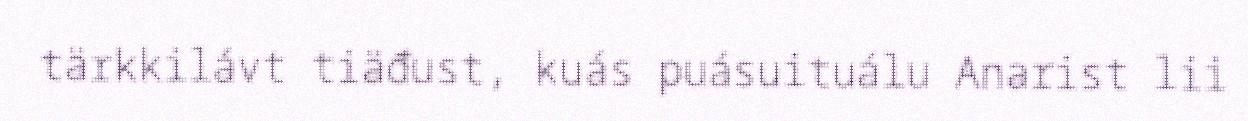
tärkkilávt tiäđust, kuás puásuituálu Anarist lii